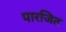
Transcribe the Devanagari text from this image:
पारजित